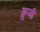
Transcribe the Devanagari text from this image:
क्रुजी